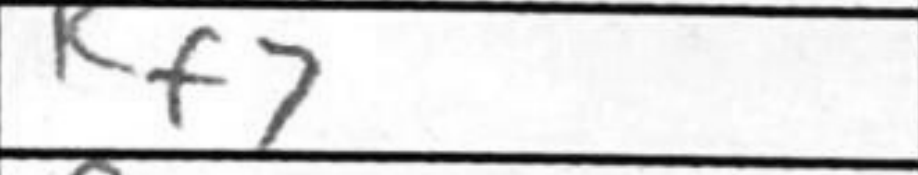
Transcription: Kf7